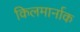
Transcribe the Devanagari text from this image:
किलमार्नाक